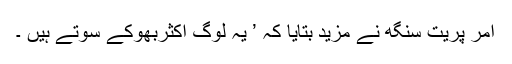
امر پریت سنگھ نے مزید بتایا کہ ’ یہ لوگ اکثربھوکے سوتے ہیں ۔